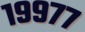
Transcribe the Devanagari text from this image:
१९९७७